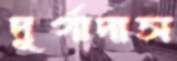
দূর্গাদাস